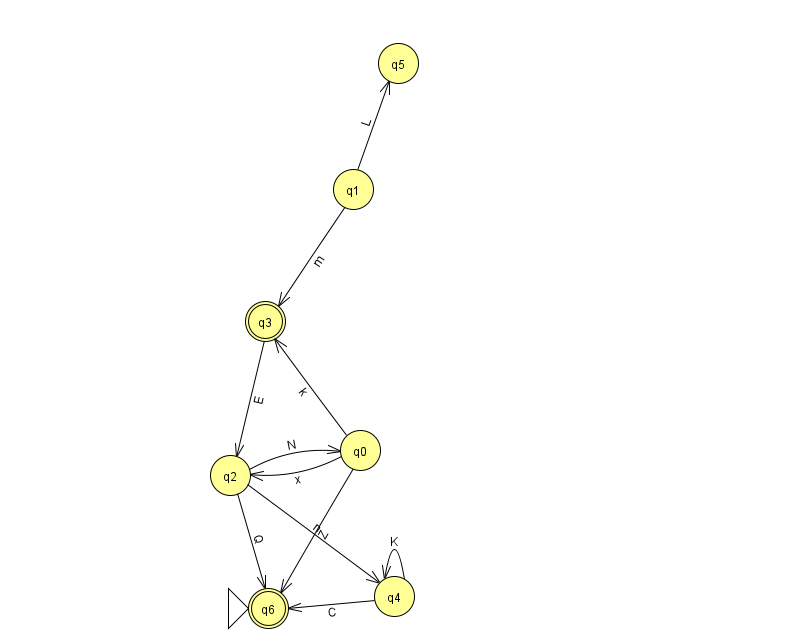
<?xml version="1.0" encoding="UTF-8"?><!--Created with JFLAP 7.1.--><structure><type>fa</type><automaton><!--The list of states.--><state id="0" name="q0"><x>360.0</x><y>437.0</y></state><state id="1" name="q1"><x>353.0</x><y>176.0</y></state><state id="2" name="q2"><x>230.0</x><y>462.0</y></state><state id="3" name="q3"><x>265.0</x><y>308.0</y><final/></state><state id="4" name="q4"><x>394.0</x><y>583.0</y></state><state id="5" name="q5"><x>398.0</x><y>50.0</y></state><state id="6" name="q6"><x>268.0</x><y>595.0</y><initial/><final/></state><!--The list of transitions.--><transition><from>0</from><to>3</to><read>k</read></transition><transition><from>0</from><to>6</to><read>Z</read></transition><transition><from>1</from><to>3</to><read>m</read></transition><transition><from>0</from><to>2</to><read>x</read></transition><transition><from>2</from><to>4</to><read>n</read></transition><transition><from>3</from><to>2</to><read>E</read></transition><transition><from>4</from><to>6</to><read>C</read></transition><transition><from>4</from><to>4</to><read>K</read></transition><transition><from>1</from><to>5</to><read>L</read></transition><transition><from>2</from><to>0</to><read>N</read></transition><transition><from>2</from><to>6</to><read>Q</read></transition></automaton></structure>